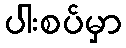
ပါးစပ်မှာ